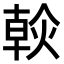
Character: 𤌹